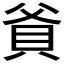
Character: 𬥐